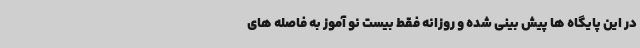
در این پایگاه ها پیش بینی شده و روزانه فقط بیست نو آموز به فاصله های